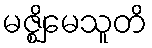
မဇ္ဈိမေသူတိ